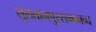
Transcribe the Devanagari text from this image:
सुलतानपुरसभाचन्द